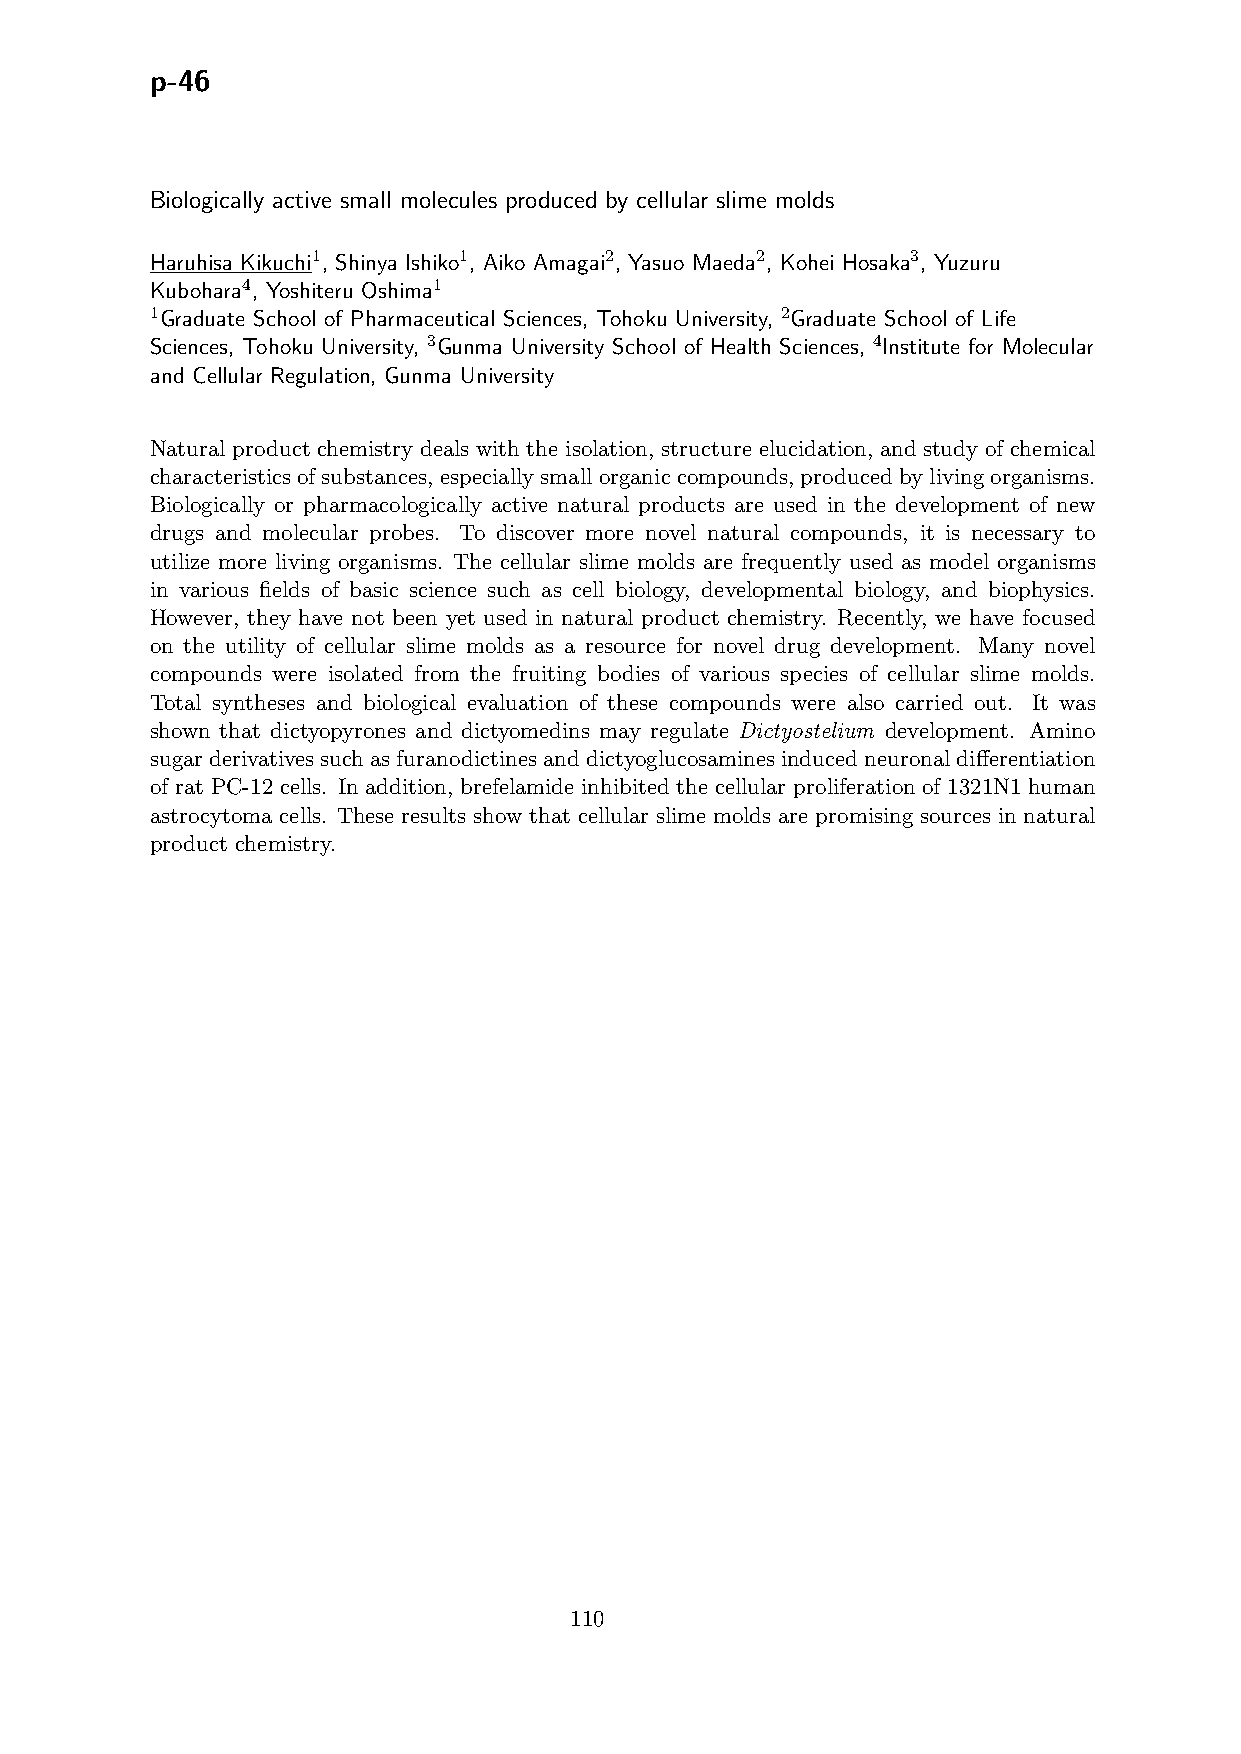
p-46
 Biologically active small molecules produced by cellular slime molds
 Haruhisa Kikuchi1, Shinya Ishiko1, Aiko Amagai2, Yasuo Maeda2, Kohei Hosaka3, Yuzuru
 Kubohara4, Yoshiteru Oshima1
 1Graduate School of Pharmaceutical Sciences, Tohoku University, 2Graduate School of Life
 Sciences, Tohoku University, 3Gunma University School of Health Sciences, 4Institute for Molecular
 and Cellular Regulation, Gunma University
 Natural product chemistry deals with the isolation, structure elucidation, and study of chemical
 characteristicsofsubstances, especiallysmallorganiccompounds, producedbylivingorganisms.
 Biologically or pharmacologically active natural products are used in the development of new
 drugs and molecular probes. To discover more novel natural compounds, it is necessary to
 utilize more living organisms. The cellular slime molds are frequently used as model organisms
 in various fields of basic science such as cell biology, developmental biology, and biophysics.
 However, they have not been yet used in natural product chemistry. Recently, we have focused
 on the utility of cellular slime molds as a resource for novel drug development. Many novel
 compounds were isolated from the fruiting bodies of various species of cellular slime molds.
 Total syntheses and biological evaluation of these compounds were also carried out. It was
 shown that dictyopyrones and dictyomedins may regulate Dictyostelium development. Amino
 sugarderivativessuchasfuranodictinesanddictyoglucosaminesinducedneuronaldifferentiation
 of rat PC-12 cells. In addition, brefelamide inhibited the cellular proliferation of 1321N1 human
 astrocytoma cells. These results show that cellular slime molds are promising sources in natural
 product chemistry.
 110